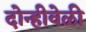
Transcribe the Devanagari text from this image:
दोन्हीवेळी